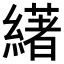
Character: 𦅷